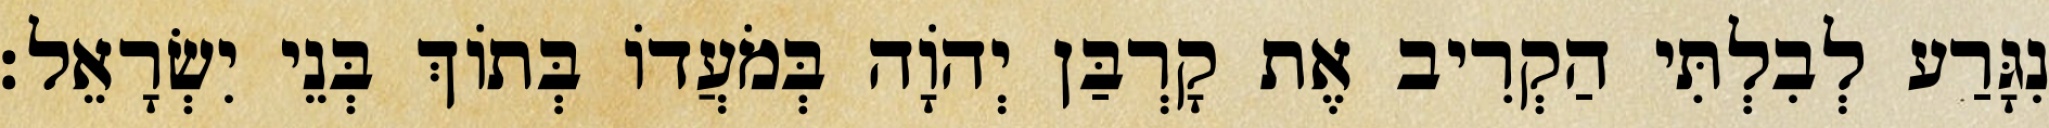
נִגָּרַע לְבִלְתִּי הַקְרִיב אֶת קָרְבַּן יְהוָֹה בְּמֹעֲדוֹ בְּתוֹךְ בְּנֵי יִשְׂרָאֵל׃